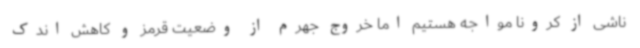
ناشی از کرونا مواجه هستیم اما خروج جهرم از وضعیت قرمز و کاهش اندک